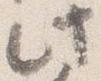
此